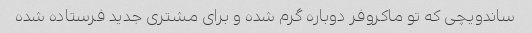
ساندویچی که تو ماکروفر دوباره گرم شده و برای مشتری جدید فرستاده شده